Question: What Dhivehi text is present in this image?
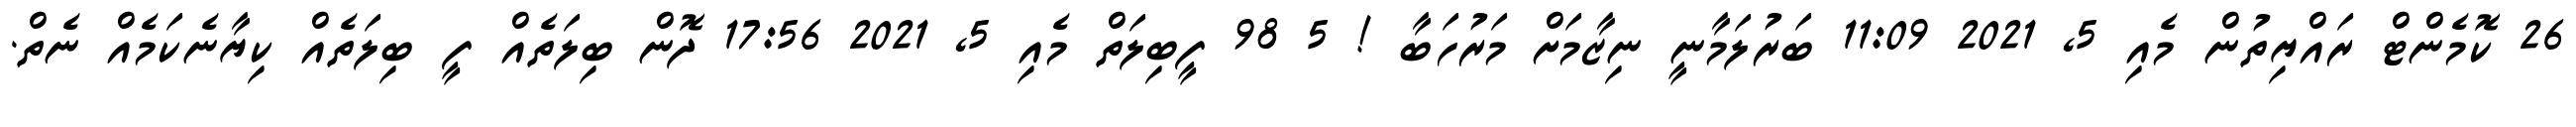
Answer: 26 ކޮމެންޓް ރައްޔިތުން މެއި 5, 2021 11:09 ބަރުލަމާނީ ނިޒާމަށް މަރުހަބާ ! 5 98 ފީބިލަތް މެއި 5, 2021 17:56 ދޮން ބިލަތެއް ފީ ބިލަތެއް ކިޔާނެކަމެއް ނެތް.